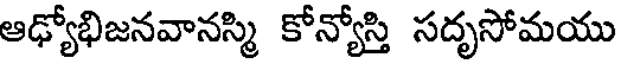
ఆఢ్యోభిజనవానస్మి కోన్యోస్తి సదృసోమయు